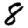
Digit: 8